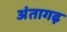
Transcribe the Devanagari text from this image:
अंतागढ़